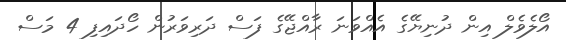
އޯލެވެލް އިން ދުނިޔޭގެ އެއްވަނަ ރާއްޖޭގެ ފަސް ދަރިވަރުން ހޯދައިފި 4 މަސް